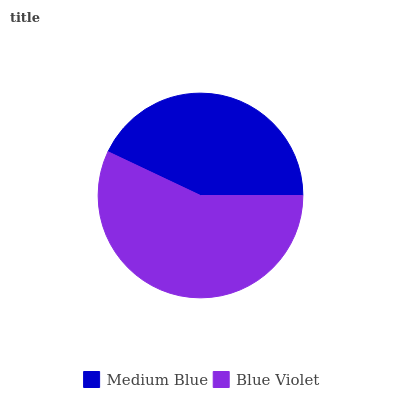
| Medium Blue | Blue Violet |
 | --- | --- |
 | 43% | 57% |